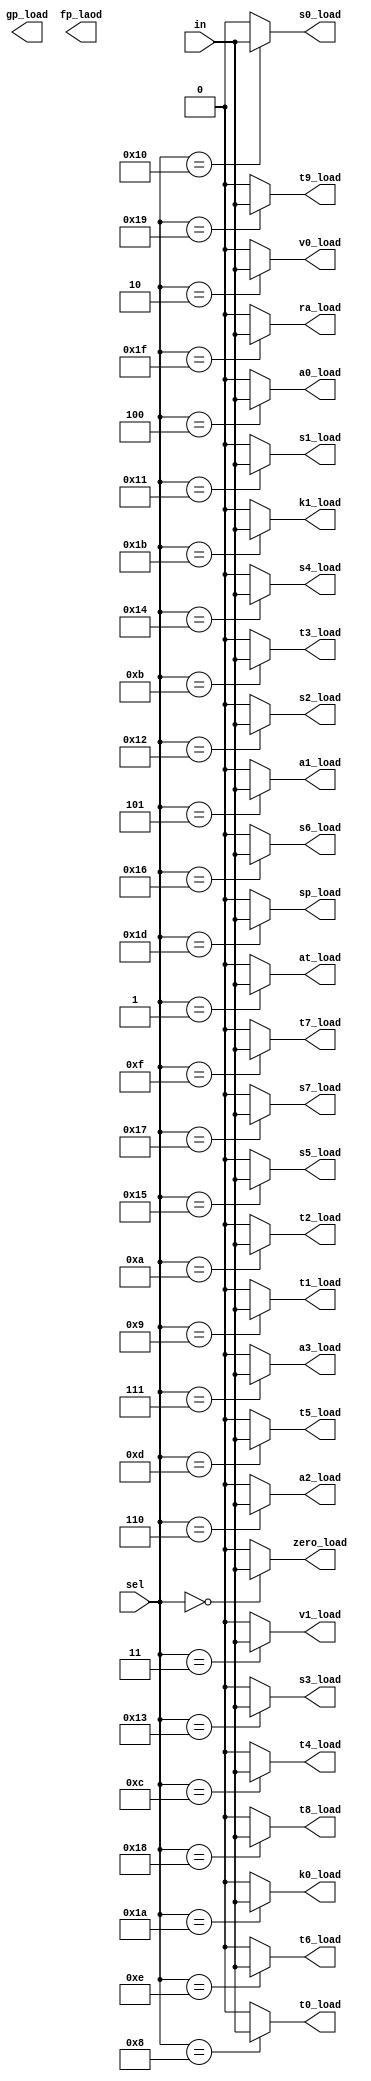
module DMux32(in,sel,zero_load,at_load,v0_load,v1_load,a0_load,a1_load,a2_load,a3_load,t0_load,t1_load,t2_load,t3_load,t4_load,t5_load,t6_load,t7_load,s0_load,s1_load,s2_load,s3_load,s4_load,s5_load,s6_load,s7_load,t8_load,t9_load,k0_load,k1_load,gp_load,sp_load,fp_laod,ra_load);


input in;
input [4:0] sel;
output zero_load,at_load,v0_load,v1_load,a0_load,a1_load,a2_load,a3_load,t0_load,t1_load,t2_load,t3_load,t4_load,t5_load,t6_load,t7_load,s0_load,s1_load,s2_load,s3_load,s4_load,s5_load,s6_load,s7_load,t8_load,t9_load,k0_load,k1_load,gp_load,sp_load,fp_laod,ra_load;

assign zero_load = (sel == 5'b00000) ? in : 1'b0;
assign at_load = (sel == 5'b00001) ? in : 1'b0;
assign v0_load = (sel == 5'b00010) ? in : 1'b0;
assign v1_load = (sel == 5'b00011) ? in : 1'b0;
assign a0_load = (sel == 5'b00100) ? in : 1'b0;
assign a1_load = (sel == 5'b00101) ? in : 1'b0;
assign a2_load = (sel == 5'b00110) ? in : 1'b0;
assign a3_load = (sel == 5'b00111) ? in : 1'b0;
assign t0_load = (sel == 5'b01000) ? in : 1'b0;
assign t1_load = (sel == 5'b01001) ? in : 1'b0;
assign t2_load = (sel == 5'b01010) ? in : 1'b0;
assign t3_load = (sel == 5'b01011) ? in : 1'b0;
assign t4_load = (sel == 5'b01100) ? in : 1'b0;
assign t5_load = (sel == 5'b01101) ? in : 1'b0;
assign t6_load = (sel == 5'b01110) ? in : 1'b0;
assign t7_load = (sel == 5'b01111) ? in : 1'b0;
assign s0_load = (sel == 5'b10000) ? in : 1'b0;
assign s1_load = (sel == 5'b10001) ? in : 1'b0;
assign s2_load = (sel == 5'b10010) ? in : 1'b0;
assign s3_load = (sel == 5'b10011) ? in : 1'b0;
assign s4_load = (sel == 5'b10100) ? in : 1'b0;
assign s5_load = (sel == 5'b10101) ? in : 1'b0;
assign s6_load = (sel == 5'b10110) ? in : 1'b0;
assign s7_load = (sel == 5'b10111) ? in : 1'b0;
assign t8_load = (sel == 5'b11000) ? in : 1'b0;
assign t9_load = (sel == 5'b11001) ? in : 1'b0;
assign k0_load = (sel == 5'b11010) ? in : 1'b0;
assign k1_load = (sel == 5'b11011) ? in : 1'b0;
assign gt_load = (sel == 5'b11100) ? in : 1'b0;
assign sp_load = (sel == 5'b11101) ? in : 1'b0;
assign fp_load = (sel == 5'b11110) ? in : 1'b0;
assign ra_load = (sel == 5'b11111) ? in : 1'b0;
endmodule